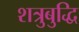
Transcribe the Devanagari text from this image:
शत्रुबुद्धि